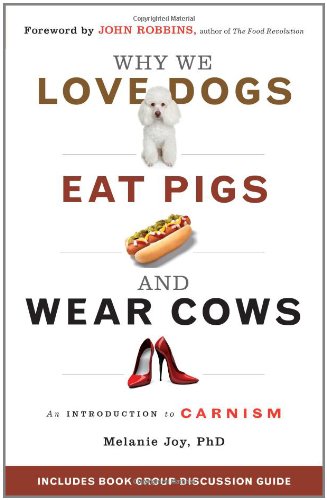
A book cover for Why We Love Dogs, Eat Pigs, and Wear Cows: An Introduction to Carnism; Melanie Joy PhD; Science & Math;